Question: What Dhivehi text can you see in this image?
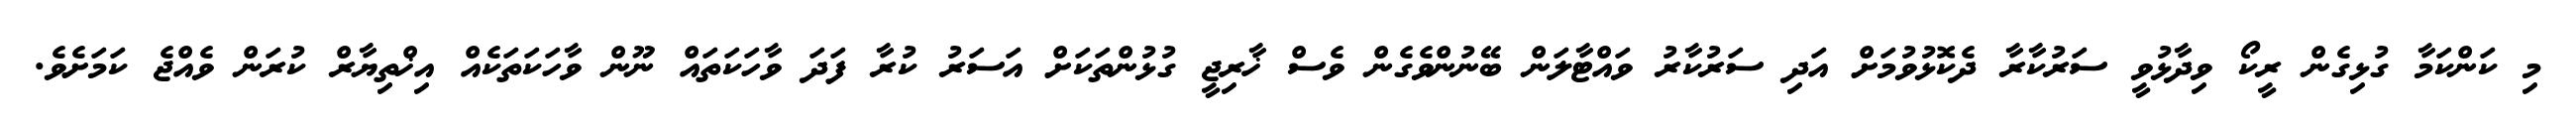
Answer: މި ކަންކަމާ ގުޅިގެން ރީކޯ ވިދާޅުވީ ސަރުކާރާ ދެކޮޅުވުމަށް އަދި ސަރުކާރު ވައްޓާލަން ބޭނުންވެގެން ވެސް ޚާރިޖީ ގުޅުންތަކަށް އަސަރު ކުރާ ފަދަ ވާހަކަތައް ނޫން ވާހަކަތަކެއް އިޚްތިޔާރް ކުރަން ވެއްޖެ ކަމަށެވެ.